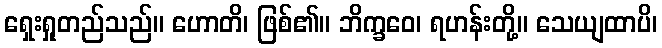
ရှေးရှုတည်သည်။ ဟောတိ၊ ဖြစ်၏။ ဘိက္ခဝေ၊ ရဟန်းတို့။ သေယျထာပိ၊